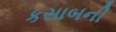
કસાબની